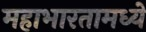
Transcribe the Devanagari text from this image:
महाभारतामध्यें